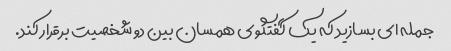
جمله ای بسازید که یک گفتگوی همسان بین دو شخصیت برقرار کند.